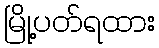
မြို့ပတ်ရထား